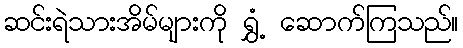
ဆင်းရဲသားအိမ်များကို ရွှံ့ ဆောက်ကြသည်။